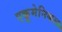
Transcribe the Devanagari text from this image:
एकूमेनिकल